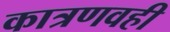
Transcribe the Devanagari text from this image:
कात्रणवही